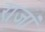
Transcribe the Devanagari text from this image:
राजां